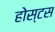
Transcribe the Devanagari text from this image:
होस्टस